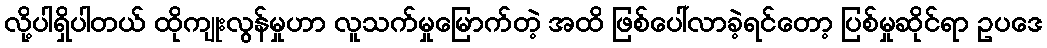
လို့ပါရှိပါတယ် ထိုကျုးလွန်မှုဟာ လူသက်မှုမြောက်တဲ့ အထိ ဖြစ်ပေါ်လာခဲ့ရင်တော့ ပြစ်မှုဆိုင်ရာ ဥပဒေ